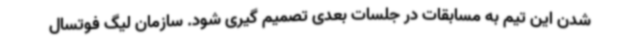
شدن این تیم به مسابقات در جلسات بعدی تصمیم گیری شود. سازمان لیگ فوتسال